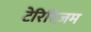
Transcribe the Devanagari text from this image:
टेरिरिज़म